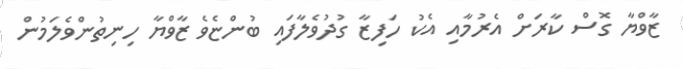
ޒާވްޔާ ގޮސް ކާރަށް އެރުމާއި އެކު ހަފިޒާ ގުދުވެލާފައި ބުންޏެވެ ޒާވްޔާ ހިނިތުންވެލަމުން